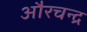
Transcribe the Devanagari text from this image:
औरचन्द्र